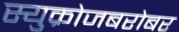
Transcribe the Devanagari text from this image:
स्युक्रोजबरोबर